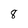
Character: 8